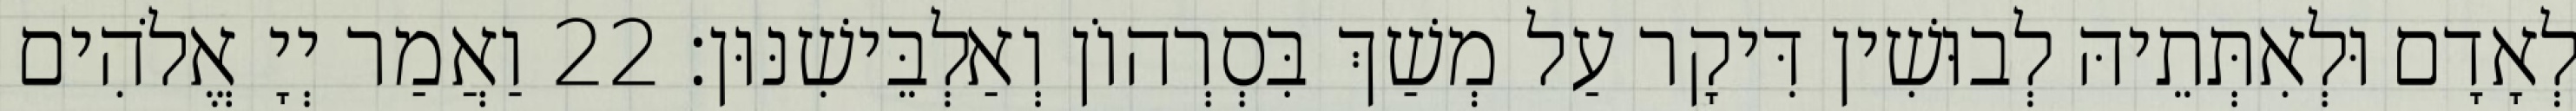
לְאָדָם וּלְאִתְּתֵיהּ לְבוּשִׁין דִּיקָר עַל מְשַׁךְ בִּסְרְהוֹן וְאַלְבֵּישִׁנּוּן׃ 22 וַאֲמַר יְיָ אֱלֹהִים